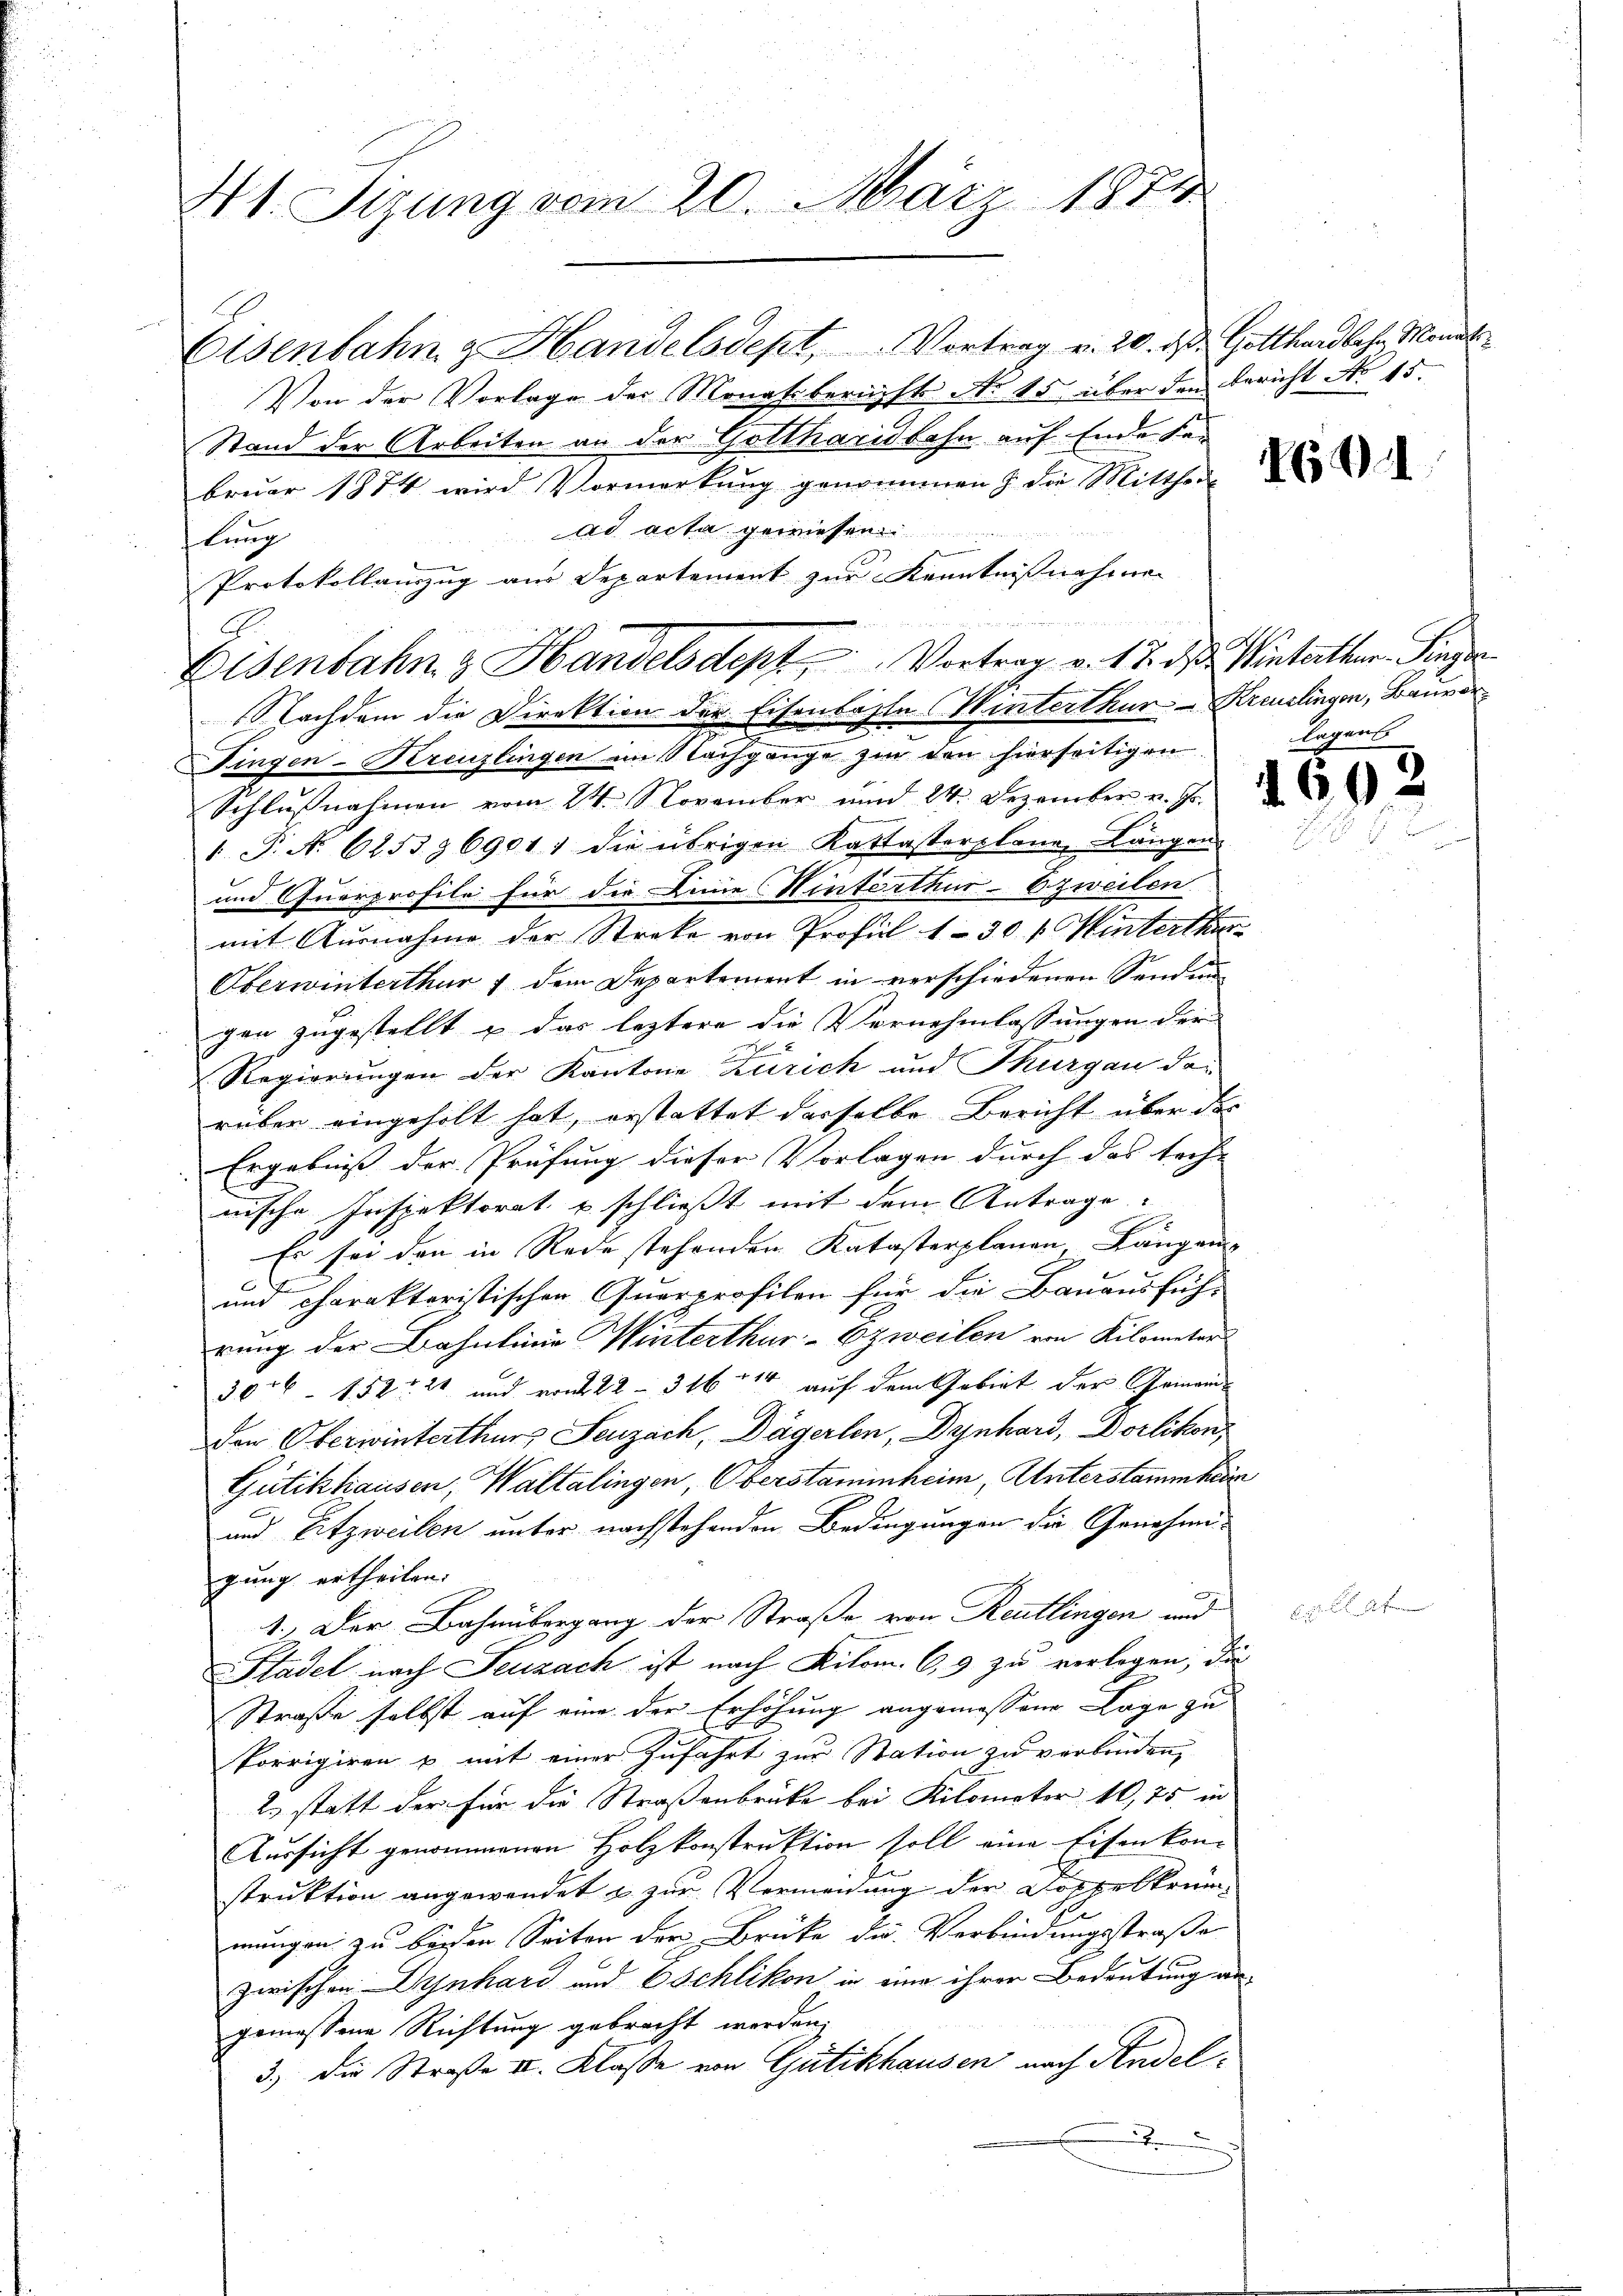
N1. Sizung vom 20. März 1874

Eisenbahn & Handelsdept, Vortrag v. 20. ds. Gotthardbahn Monat
Von der Vorlage der Monatsbericht No 15 über den Bericht No 15.
Stand der Arbeiten an der Gotthardbahn auf Ende Sen
bruar 1874 wird Vormerkung genommen & die Mittheil
ad acta gewiesen.
lung
Protokollanzug aus Departement zur Kenntnissnahmen |
Dingen-Kreuzlingen im Nachgange zur den hierseitigen
Schlŭβnahmen vom 24. November und 24. Dezember v. J.
1. P. N. 6253 § 6901) die übrigen Kattasterplane Längen
und Querprofile für die Eine Hinterthur-Ezweilen.
mit Ausnahme der Streke von Profil 1–30 l. Hinterthur
Oberwinterthur & dem Departement in verschiedenen Sendungen zugestellt u das leztere die Vernehmlassungen der
Regierungen der Kantone Zürich und Thurgau dei
rüber eingeholt hat, erstattet dasselbe Bericht über der
Ergebniß der Prüfung dieser Vorlagen durch das tech- |
nische Inspektorat u. schließt mit dem Antrage

Es sei den in Rede stehenden Katasterplanen, Langen
und charakteristischen Querprofilen für die Bauausfüh-
rung der Bahnlinie Würterthur zweilen von Kilometer
306 - 152. 21 und vom 22 - 316 - 14 auf dem Gebiet der Gemeind
den Oberwinterthurs Seuzach, Dägerlin, Dynhard, Dorlikon,
Gütikhausen, Waltalingen, Oberstamenheim, Unterstammheir
und Eitzweilen unter nachstehenden Bedingungen die Genehmi-
gung ertheilen.
1. Der Bahnübergang der Straße von Reutlingen und
Stadel nach Seuzach ist nach Kilom. C,9 zu verlagen, die
Straße selbst auf eine der Erhöhung angemessene Lage zu
Porrigiren u mit einer Zufahrt zur Station zu verbinden,
2. statt der für die Straßenbrücke bei Kilometer 10,75 in
Aussicht genommenen Holzkonstruktion soll eine Eisenkomstruktion angewendet u. zur Vermeidung der Doppelkrüm-
mungen zu beiden Seiten der Brücke die Verbindungsstraße
zwischen Dynhard und Schlikon in eine ihrer Bedeutung an-
gemessene Richtung gebracht werden,
3.) Die Straße II. Klasse von Gütikhausen nach Andelx

E
Eisenbahn & Handelsdept Vortrag v. 17. ds. Wintetter Finger
Nachdem die Direktion der Eisenlasse Winterthur Kreuzlingen, Bauvor

169

gweis

.64